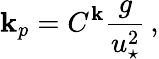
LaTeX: \mathbf{k}_{p}=C^{\mathbf{k}}\frac{{g}}{{u_{\star}^{2}}}\, ,